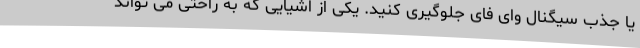
یا جذب سیگنال وای فای جلوگیری کنید. یکی از اشیایی که به راحتی می تواند